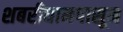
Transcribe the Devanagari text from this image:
शबरीधामपासून